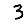
Digit: 3